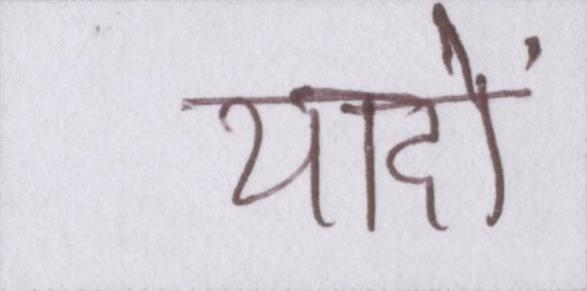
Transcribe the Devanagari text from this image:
यादों